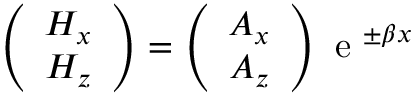
\left( \begin{array} { c } { H _ { x } } \\ { H _ { z } } \end{array} \right) = \left( \begin{array} { c } { A _ { x } } \\ { A _ { z } } \end{array} \right) \mathrm { ~ e ~ } ^ { \pm \beta x }